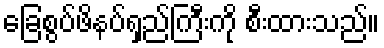
ခြေစွပ်ဖိနပ်ရှည်ကြီးကို စီးထားသည်။